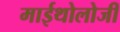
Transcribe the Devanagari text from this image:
माईथोलोजी